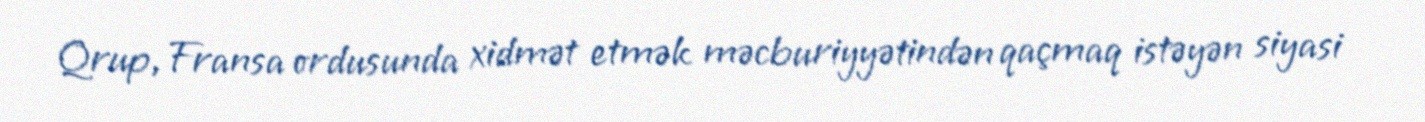
Qrup, Fransa ordusunda xidmət etmək məcburiyyətindən qaçmaq istəyən siyasi